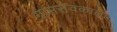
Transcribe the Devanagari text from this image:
ग्रामसेवकाला